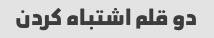
دو قلم اشتباه کردن